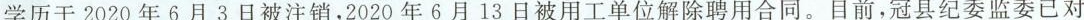
学历于2020年6月3日被注销，2020年6月13日被用工单位解除聘用合同。目前，冠县纪委监委已对